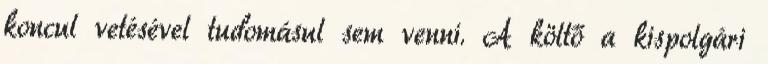
koncul vetésével tudomásul sem venni. A költő a kispolgári